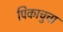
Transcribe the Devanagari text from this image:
पिकाचुचा